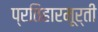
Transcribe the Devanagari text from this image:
प्रतिहारमूर्ती